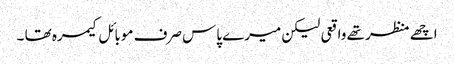
اچھے منظر تھے واقعی لیکن میرے پاس صرف موبائل کیمرہ تھا ۔